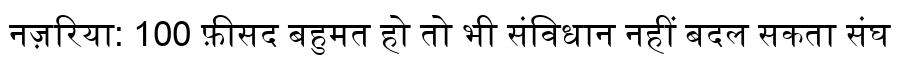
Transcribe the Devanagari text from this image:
नज़रिया: 100 फ़ीसद बहुमत हो तो भी संविधान नहीं बदल सकता संघ